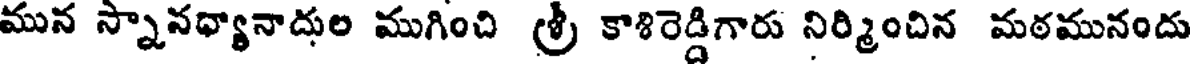
మున స్నానధ్యానాదుల ముగించి శ్రీ కాశిరెడ్డిగారు నిర్మించిన మఠమునందు